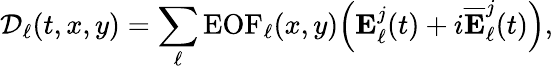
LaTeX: \mathcal{D}_{\ell}(t,x,y)=\sum_{\ell}\textrm{EOF}_{\ell}(x,y)\Big(\mathbf{E}_{\ell}^{j}(t)+i\overline{{\mathbf{E}}}_{\ell}^{j}(t)\Big),